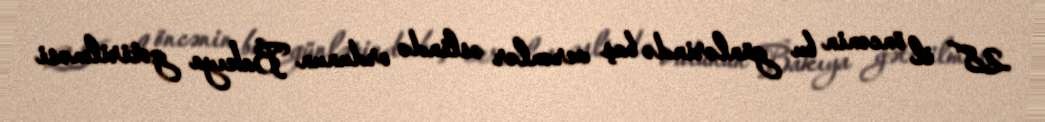
28 il öncənin bu günlərində baş verənlər əslində ordunun Bakıya gətirilməsi